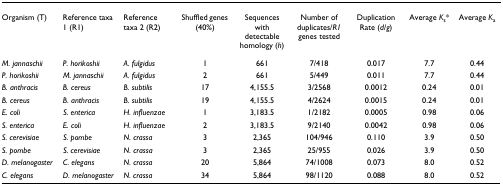
<table><thead><tr><td><b>Organism (T)</b></td><td><b>Reference taxa 1 (R1)</b></td><td><b>Reference taxa 2 (R2)</b></td><td><b>Shuffled genes (40%)</b></td><td><b>Sequences with detectable homology (<i>h</i>)</b></td><td><b>Number of duplicates/<i>R1 </i>genes tested</b></td><td><b>Duplication Rate (<i>d/g</i>)</b></td><td><b>Average <i>K</i><sub>s</sub>*</b></td><td><b>Average <i>K</i><sub>a</sub></b></td></tr></thead><tbody><tr><td><i>M. jannaschii</i></td><td><i>P. horikoshii</i></td><td><i>A. fulgidus</i></td><td>1</td><td>661</td><td>7/418</td><td>0.017</td><td>7.7</td><td>0.44</td></tr><tr><td><i>P. horikoshii</i></td><td><i>M. jannaschii</i></td><td><i>A. fulgidus</i></td><td>2</td><td>661</td><td>5/449</td><td>0.011</td><td>7.7</td><td>0.44</td></tr><tr><td><i>B. anthracis</i></td><td><i>B. cereus</i></td><td><i>B. subtilis</i></td><td>17</td><td>4,155.5</td><td>3/2568</td><td>0.0012</td><td>0.24</td><td>0.01</td></tr><tr><td><i>B. cereus</i></td><td><i>B. anthracis</i></td><td><i>B. subtilis</i></td><td>19</td><td>4,155.5</td><td>4/2624</td><td>0.0015</td><td>0.24</td><td>0.01</td></tr><tr><td><i>E. coli</i></td><td><i>S. enterica</i></td><td><i>H. influenzae</i></td><td>1</td><td>3,183.5</td><td>1/2182</td><td>0.0005</td><td>0.98</td><td>0.06</td></tr><tr><td><i>S. enterica</i></td><td><i>E. coli</i></td><td><i>H. influenzae</i></td><td>2</td><td>3,183.5</td><td>9/2140</td><td>0.0042</td><td>0.98</td><td>0.06</td></tr><tr><td><i>S. cerevisiae</i></td><td><i>S. pombe</i></td><td><i>N. crassa</i></td><td>3</td><td>2,365</td><td>104/946</td><td>0.110</td><td>3.9</td><td>0.50</td></tr><tr><td><i>S. pombe</i></td><td><i>S. cerevisiae</i></td><td><i>N. crassa</i></td><td>3</td><td>2,365</td><td>25/955</td><td>0.026</td><td>3.9</td><td>0.50</td></tr><tr><td><i>D. melanogaster</i></td><td><i>C. elegans</i></td><td><i>N. crassa</i></td><td>20</td><td>5,864</td><td>74/1008</td><td>0.073</td><td>8.0</td><td>0.52</td></tr><tr><td><i>C. elegans</i></td><td><i>D. melanogaster</i></td><td><i>N. crassa</i></td><td>34</td><td>5,864</td><td>98/1120</td><td>0.088</td><td>8.0</td><td>0.52</td></tr></tbody></table>